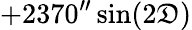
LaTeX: +2370^{\prime\prime}\sin(2\mathfrak{D})